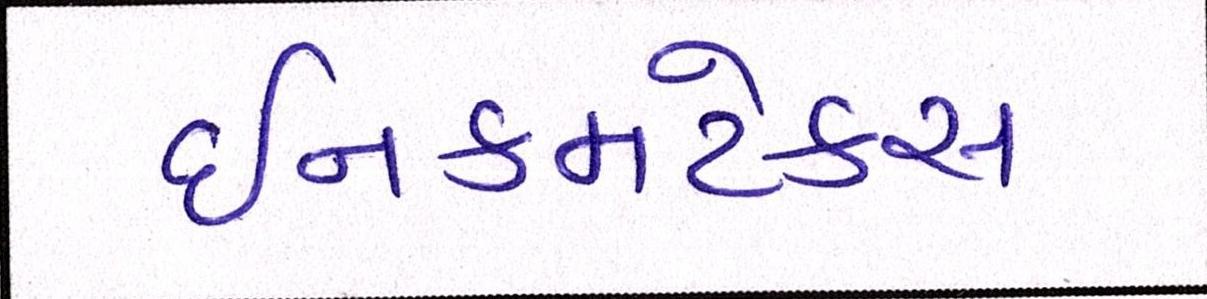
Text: ઈનકમટેક્સ